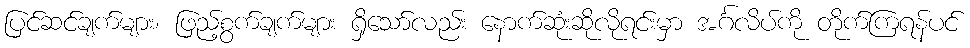
ပြင်ဆင်ချက်များ၊ ဖြည့်စွက်ချက်များ ရှိသော်လည်း နောက်ဆုံးဆိုလိုရင်းမှာ အင်္ဂလိပ်ကို တိုက်ကြရန်ပင်